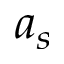
a _ { s }